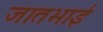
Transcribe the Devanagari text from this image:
जातभाई